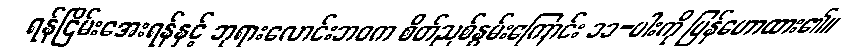
ရန်ငြိမ်းအေးရန်နှင့် ဘုရားလောင်းဘဝက စိတ်ညစ်နွမ်းကြောင်း ၁၁-ပါးကို ပြန်ဟောထား၏။